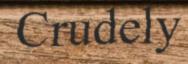
Crudely